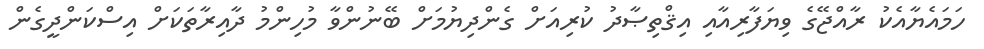
ހަމައެޔާއެކު ރާއްޖޭގެ ވިޔަފާރިއާއި އިޤްތިޞާދު ކުރިއަށް ގެންދިޔުމަށް ބޭނުންވާ މުހިންމު ދާއިރާތަކަށް އިސްކަންދީގެން